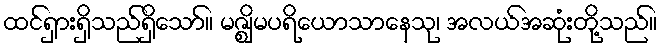
ထင်ရှားရှိသည်ရှိသော်။ မဇ္ဈိမပရိယောသာနေသု၊ အလယ်အဆုံးတို့သည်။